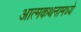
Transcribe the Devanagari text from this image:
आत्मकथनामध्ये